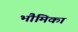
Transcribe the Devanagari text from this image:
भौमिका